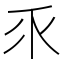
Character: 乑